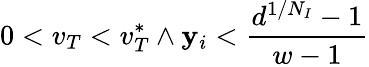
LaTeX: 0<v_{T}<v_{T}^{*}\land\mathbf{y}_{i}<\frac{{d^{1/N_{I}}-1}}{{w-1}}